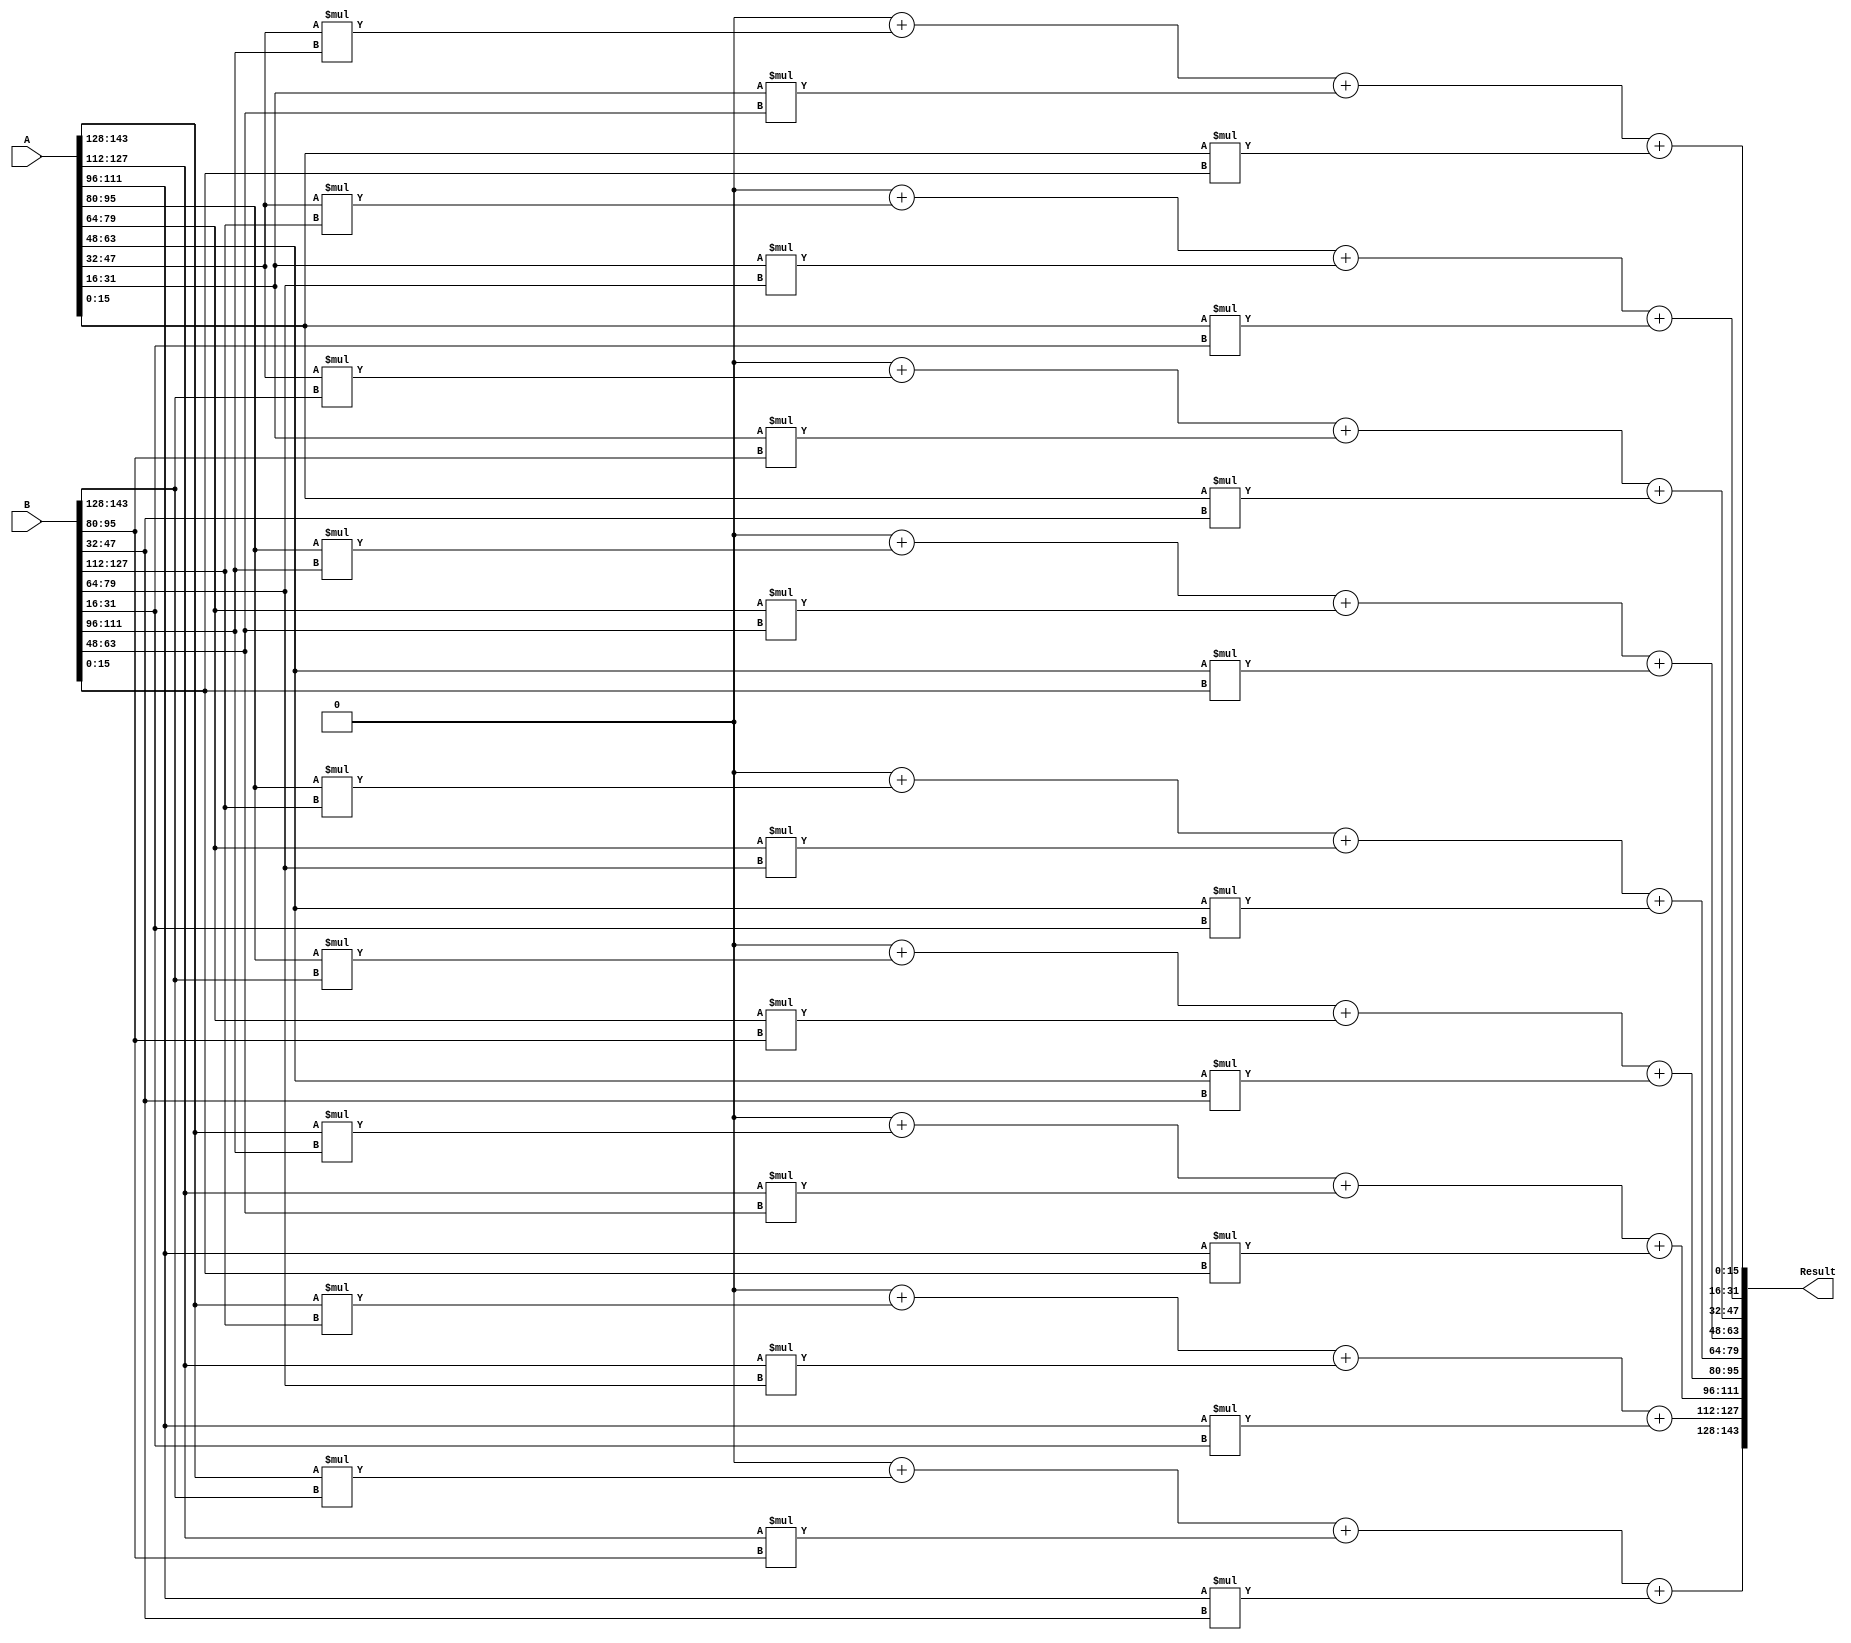
// This program was cloned from: https://github.com/pontazaricardo/Verilog_Calculator_Matrix_Multiplication
// License: Mozilla Public License 2.0

`timescale 1ns / 1ps
//////////////////////////////////////////////////////////////////////////////////
// Company: 
// 
// Design Name: 
// Module Name:    Calculator 
// Project Name: 
// Target Devices: 
// Tool versions: 
// Description: 
//
// Dependencies: 
//
// Revision: 
// Revision 0.01 - File Created
// Additional Comments: 
//
//////////////////////////////////////////////////////////////////////////////////
module Calculator(A,B,Result);

	input [143:0] A;
	input [143:0] B;
	output [143:0] Result;
	
	reg [143:0] Result;
	reg [15:0] A1 [0:2][0:2];
	reg [15:0] B1 [0:2][0:2];
	reg [15:0] Res1 [0:2][0:2];
	
	integer i,j,k;
	
	always@ (A or B)
	begin
		//We convert the 1D arrays into 2D
		{A1[0][0],A1[0][1],A1[0][2],A1[1][0],A1[1][1],A1[1][2],A1[2][0],A1[2][1],A1[2][2]} = A;
		{B1[0][0],B1[0][1],B1[0][2],B1[1][0],B1[1][1],B1[1][2],B1[2][0],B1[2][1],B1[2][2]} = B;
		{Res1[0][0],Res1[0][1],Res1[0][2],Res1[1][0],Res1[1][1],Res1[1][2],Res1[2][0],Res1[2][1],Res1[2][2]} = 144'd0;
		
		i=0; j=0; k=0;
		
		//$display ("Multiplying");
		
		for(i=0;i<3;i=i+1)
		begin
			for(j=0;j<3;j=j+1)
			begin
				for(k=0;k<3;k=k+1)
				begin
					Res1[i][j]=Res1[i][j]+ (A1[i][k]*B1[k][j]);
				end
			end
		end
		
		Result = {Res1[0][0],Res1[0][1],Res1[0][2],Res1[1][0],Res1[1][1],Res1[1][2],Res1[2][0],Res1[2][1],Res1[2][2]};
	end

endmodule